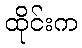
ထိုင်းက